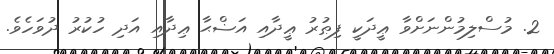
2. މުސްލިމުންނަށްވާ ޢީދަކީ ފިޠުރު ޢީދާއި އަޟްޙާ ޢިދާއި އަދި ހުކުރު ދުވަހެވެ.